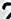
2